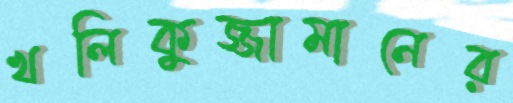
খলিকুজ্জামানের